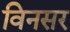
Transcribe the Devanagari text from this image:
विनसर